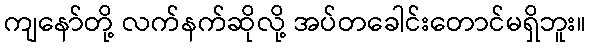
ကျနော်တို့ လက်နက်ဆိုလို့ အပ်တခေါင်းတောင်မရှိဘူး။